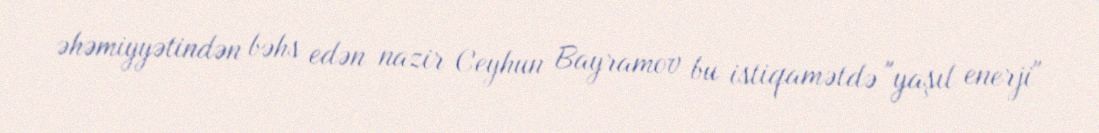
əhəmiyyətindən bəhs edən nazir Ceyhun Bayramov bu istiqamətdə "yaşıl enerji"